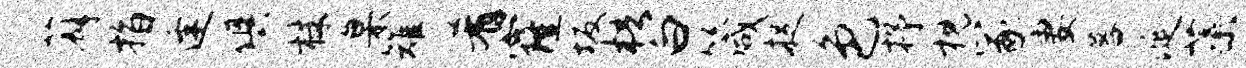
薜指逢俱株臬雉肴窿坂梧白箴捉色抒枕冢妻暮涎蕖